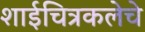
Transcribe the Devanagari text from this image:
शाईचित्रकलेचे